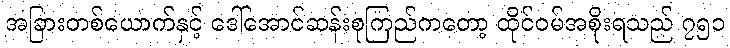
အခြားတစ်ယောက်နှင့် ဒေါ်အောင်ဆန်းစုကြည်ကတော့ ထိုင်ဝမ်အစိုးရသည် ၇၅၁